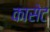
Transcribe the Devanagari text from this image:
कासेट